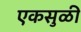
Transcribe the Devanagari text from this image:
एकसुळी